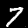
Digit: 7